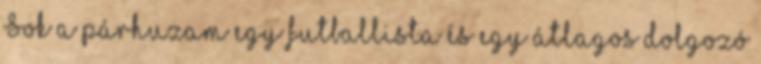
Sok a párhuzam egy futballista és egy átlagos dolgozó